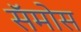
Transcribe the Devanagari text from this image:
सॅमोस